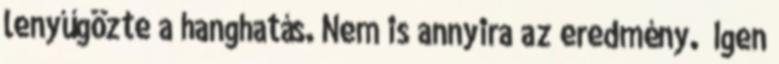
lenyűgözte a hanghatás. Nem is annyira az eredmény. „Igen